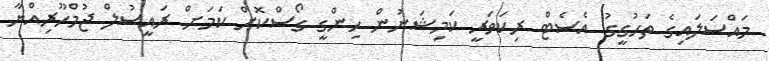
މައްސަލައިގެ ތަހުގީގު އެސެޓް ރިކަވަރީ ކަމިޝަނުން ހިންގީ ގޯސްކޮށް ކަމަށް ރައީސުލް ޖުމްހޫރިއްޔާ